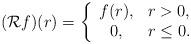
LaTeX: \begin{align*}({\mathcal R} { f} )(r)= \left\{ \begin{array}{cl} { f}(r),& r>0,\\0 , & r \leq 0. \end{array}\right.\end{align*}